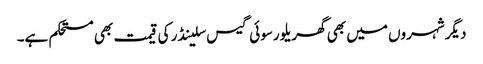
دیگر شہروں میں بھی گھریلو رسوئی گیس سلینڈر کی قیمت بھی مستحکم ہے۔